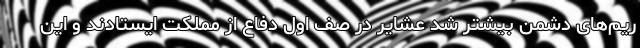
ریم‌های دشمن بیشتر شد عشایر در صف اول دفاع از مملکت ایستادند و این